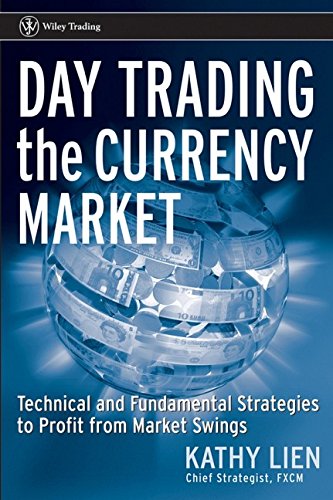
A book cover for Day Trading the Currency Market: Technical and Fundamental Strategies To Profit from Market Swings (Wiley Trading); Kathy Lien; Business & Money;